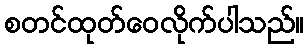
စတင်ထုတ်ဝေလိုက်ပါသည်။